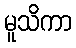
မူသိကာ